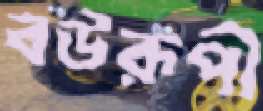
বউরূপী